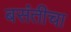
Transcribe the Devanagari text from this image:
बसंतीचा